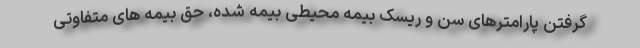
گرفتن پارامترهای سن و ریسک بیمه محیطی بیمه شده، حق بیمه های متفاوتی